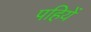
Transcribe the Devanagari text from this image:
पहियें